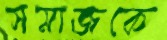
সমাজকে